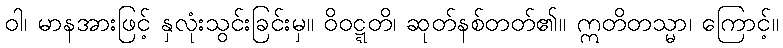
ဝါ၊ မာနအားဖြင့် နှလုံးသွင်းခြင်းမှ။ ဝိဝဋ္ဋတိ၊ ဆုတ်နစ်တတ်၏။ ဣတိတသ္မာ၊ ကြောင့်။